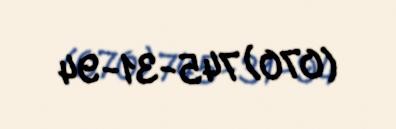
(070) 745-31-94